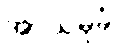
အာယမုခံ